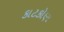
કાટકોણ